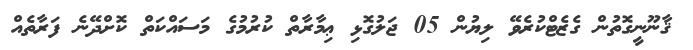
ޤާނޫނީގޮތުން ގެޒެޓްކުރެވޭ ލިޔުން 05 ޖަލުގޮޅި ޢިމާރާތް ކުރުމުގެ މަސައްކަތް ކޮށްދޭނެ ފަރާތެއް